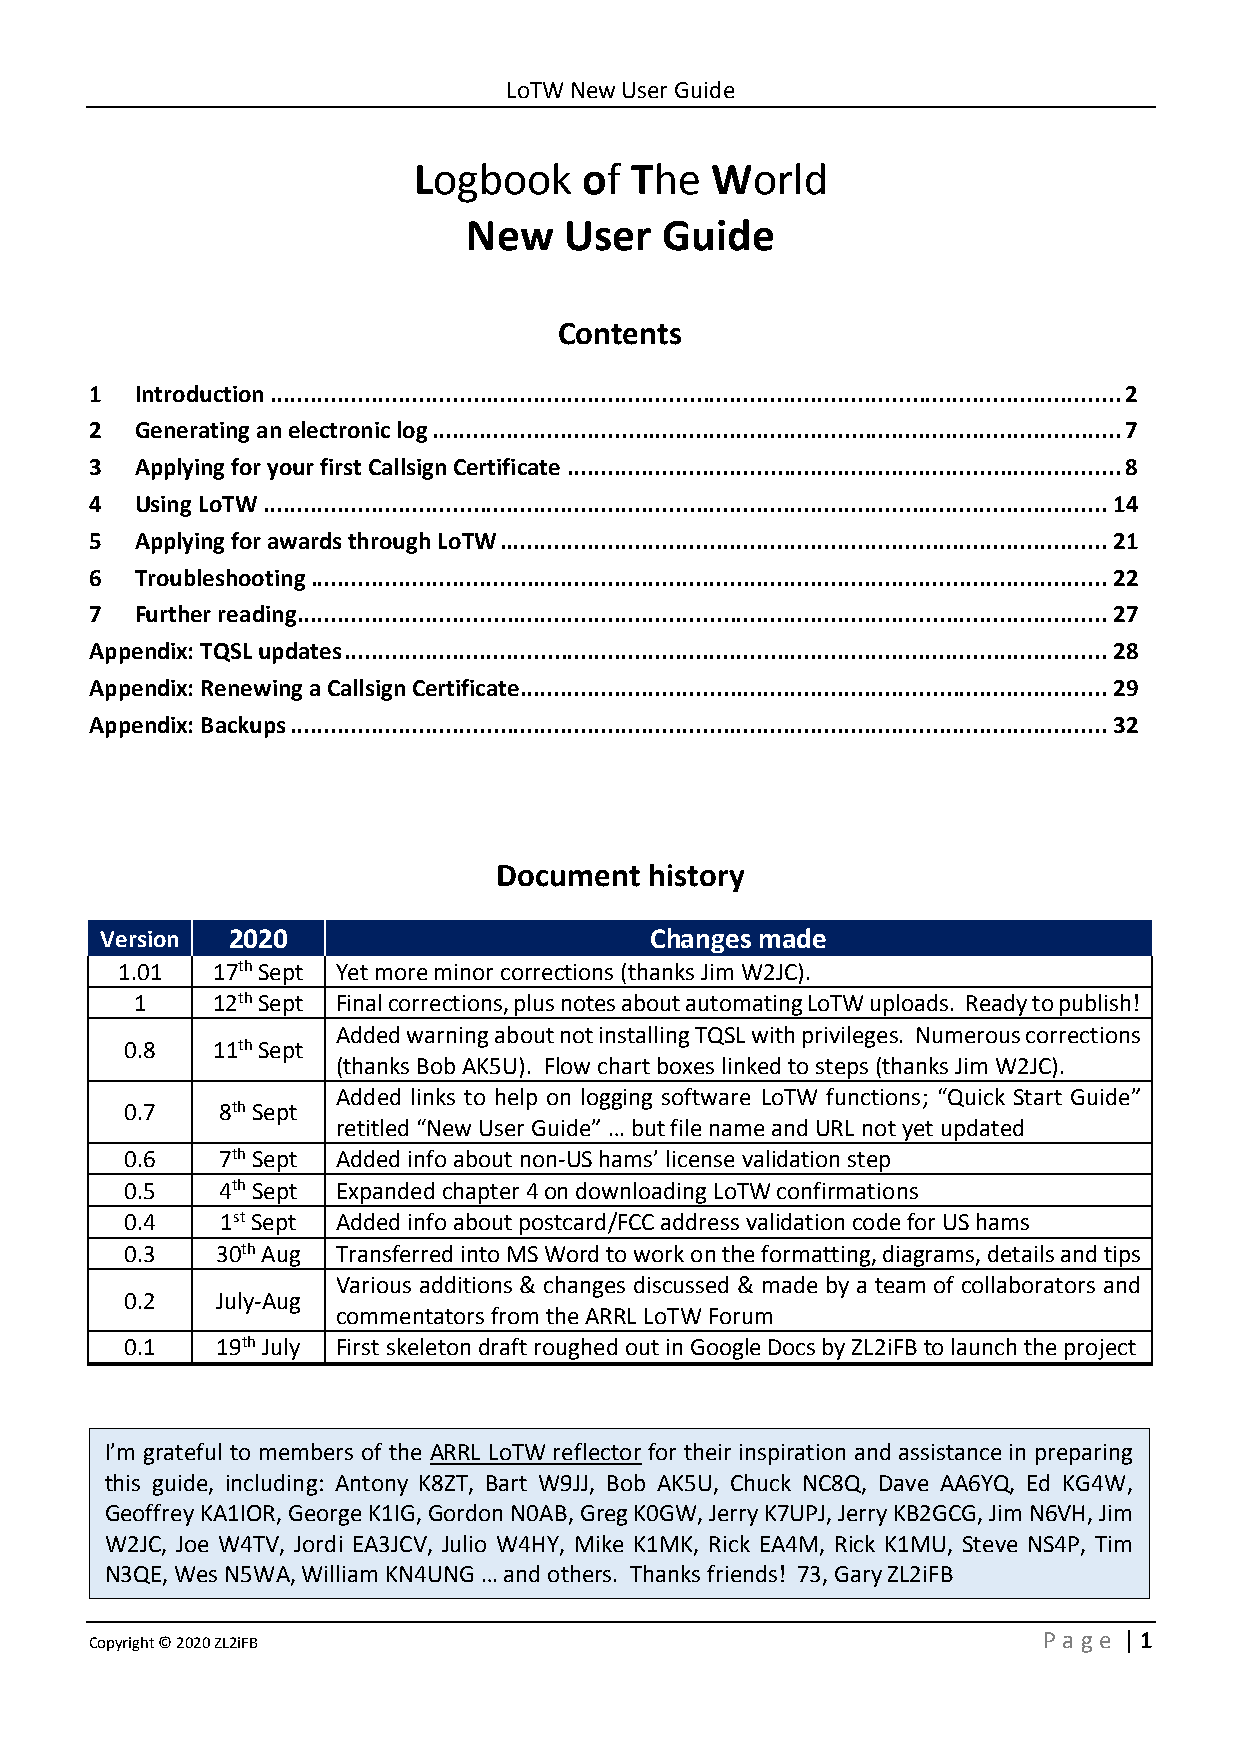
LoTW New User Guide
 Logbook     of The  World
 New   User   Guide
 Contents
 1  Introduction .............................................................................................................................. 2
 2  Generating an electronic log ...................................................................................................... 7
 3  Applying for your first Callsign Certificate .................................................................................. 8
 4  Using LoTW ............................................................................................................................. 14
 5  Applying for awards through LoTW .......................................................................................... 21
 6  Troubleshooting ...................................................................................................................... 22
 7  Further reading ........................................................................................................................ 27
 Appendix: TQSL updates ................................................................................................................. 28
 Appendix: Renewing a Callsign Certificate ....................................................................................... 29
 Appendix: Backups ......................................................................................................................... 32
 Document  history
 Version 2020                        Changes made
 1.01  17th Sept Yet more minor corrections (thanks Jim W2JC).
 1    12th Sept Final corrections, plus notes about automating LoTW uploads. Ready to publish!
 Added warning about not installing TQSL with privileges. Numerous corrections
 0.8   11th Sept
 (thanks Bob AK5U). Flow chart boxes linked to steps (thanks Jim W2JC).
 Added links to help on logging software LoTW functions; “Quick Start Guide”
 0.7    8th Sept
 retitled “New User Guide” … but file name and URL not yet updated
 0.6    7th Sept Added info about non-US hams’ license validation step
 0.5    4th Sept Expanded chapter 4 on downloading LoTW confirmations
 0.4    1st Sept Added info about postcard/FCC address validation code for US hams
 0.3   30th Aug Transferred into MS Word to work on the formatting, diagrams, details and tips
 Various additions & changes discussed & made by a team of collaborators and
 0.2   July-Aug
 commentators from the ARRL LoTW Forum
 0.1   19th July First skeleton draft roughed out in Google Docs by ZL2iFB to launch the project
 I’m grateful to members of the ARRL LoTW reflector for their inspiration and assistance in preparing
 this guide, including: Antony K8ZT, Bart W9JJ, Bob AK5U, Chuck NC8Q, Dave AA6YQ, Ed KG4W,
 Geoffrey KA1IOR, George K1IG, Gordon N0AB, Greg K0GW, Jerry K7UPJ, Jerry KB2GCG, Jim N6VH, Jim
 W2JC, Joe W4TV, Jordi EA3JCV, Julio W4HY, Mike K1MK, Rick EA4M, Rick K1MU, Steve NS4P, Tim
 N3QE, Wes N5WA, William KN4UNG … and others. Thanks friends! 73, Gary ZL2iFB
 Copyright © 2020 ZL2iFB                                        P age | 1